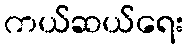
ကယ်ဆယ်ရေး